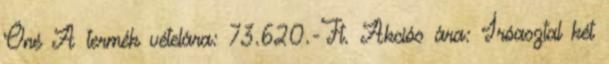
Öné A termék vételára: 73.620.-Ft. Akciós ára: Íróasztal két